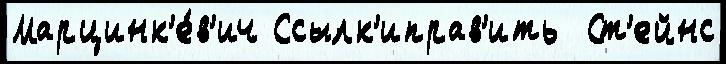
Марцинк'е́в'ич Ссылк'иправ'ить  Ст'ейнс